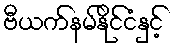
ဗီယက်နမ်နိုင်ငံနှင့်